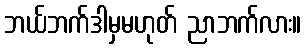
ဘယ်ဘက်ဒါမှမဟုတ် ညာဘက်လား။